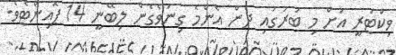
ވިކްޓަރީ އަށް މި ބުރުގައި ދެން އެންމެ ގިނަވެގެން ލިބޭނީ 14 ޕޮއިންޓެވެ.